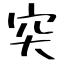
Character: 突